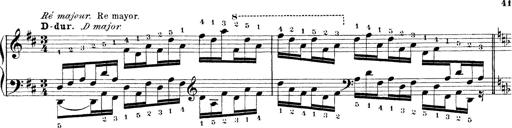
Title: Technische Studien
Composer: Franz Liszt